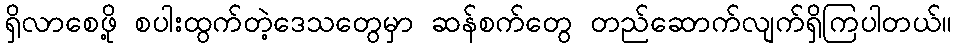
ရှိလာစေဖို့ စပါးထွက်တဲ့ဒေသတွေမှာ ဆန်စက်တွေ တည်ဆောက်လျက်ရှိကြပါတယ်။